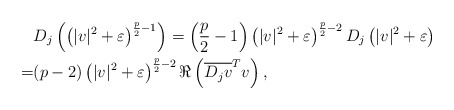
\begin{align*} & D_j\left(\left(|v|^2+\varepsilon\right)^{\frac{p}{2}-1}\right) = \left(\frac{p}{2}-1\right)\left(|v|^2+\varepsilon\right)^{\frac{p}{2}-2} D_j\left(|v|^2+\varepsilon\right) \\ =& (p-2)\left(|v|^2+\varepsilon\right)^{\frac{p}{2}-2} \Re\left(\overline{D_j v}^T v\right), \end{align*}